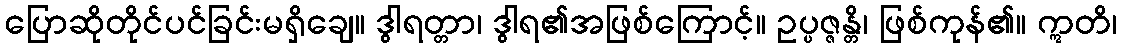
ပြောဆိုတိုင်ပင်ခြင်းမရှိချေ။ ဒွါရတ္တာ၊ ဒွါရ၏အဖြစ်ကြောင့်။ ဥပ္ပဇ္ဇန္တိ၊ ဖြစ်ကုန်၏။ ဣတိ၊